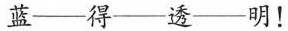
蓝--得--透--明！